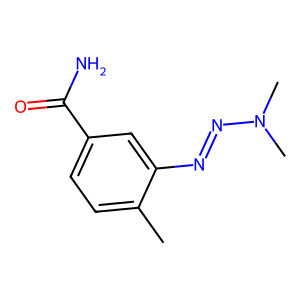
SMILES: Cc1ccc(C(N)=O)cc1N=NN(C)C
Inhibits HIV replication: No